Report on horse surra - Volume II, Part II
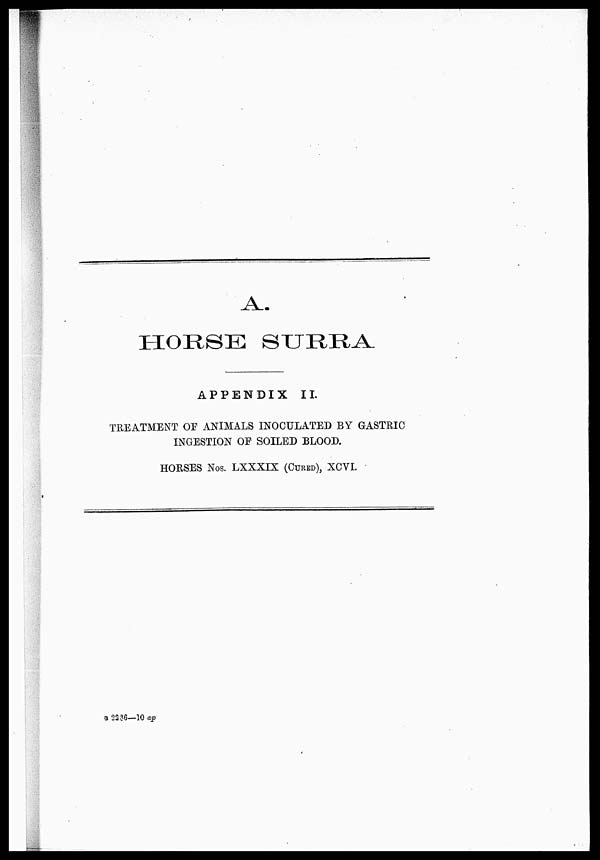
SURRA
APPENDIX
II.
TREATMENT OF ANIMALS INOCULATED BY GASTRIC
INGESTION OF SOILED BLOOD.
HORSES Nos. LXXXIX (CURED), XCVI.